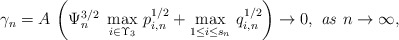
\begin{align*}\gamma _{n}=A\,\left( \Psi _{n}^{3/2}\,\,\max_{i\in \Upsilon_{3}}\,p_{i,n}^{1/2}+\max_{1\leq i\leq s_{n}}\,q_{i,n}^{1/2}\right)\rightarrow 0{\it ,\ as\ }n\rightarrow \infty , \end{align*}